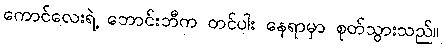
ကောင်လေးရဲ့ ဘောင်းဘီက တင်ပါး နေရာမှာ စုတ်သွားသည်။